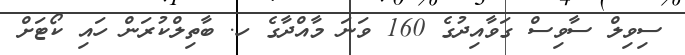
ސިވިލް ސާވިސް ގަވާއިދުގެ 160 ވަނަ މާއްދާގެ ހ. ބާތިލްކުރަން ހައި ކޯޓަށް